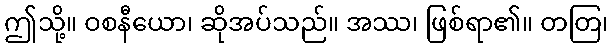
ဤသို့။ ဝစနီယော၊ ဆိုအပ်သည်။ အဿ၊ ဖြစ်ရာ၏။ တတြ၊